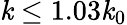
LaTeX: \mathit{k}\le1.03\mathit{k}_{0}